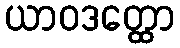
ယာဝဒတ္ထော